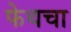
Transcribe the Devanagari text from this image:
फेथचा